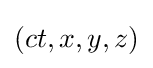
(ct,x,y,z)